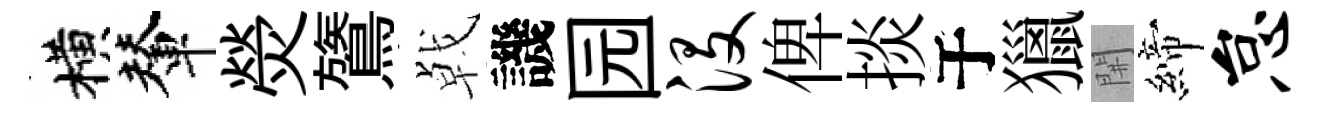
横輦熒鷟㦸譏园没俾掞于獵𨳩締怠